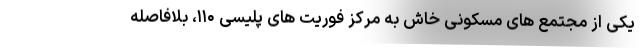
یکی از مجتمع های مسکونی خاش به مرکز فوریت های پلیسی ۱۱۰، بلافاصله